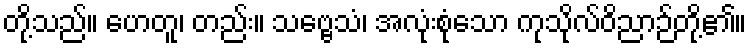
တို့သည်။ ဟေတူ၊ တည်း။ သဗ္ဗေသံ၊ အလုံးစုံသော ကုသိုလ်ဝိညာဉ်တို့၏။